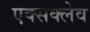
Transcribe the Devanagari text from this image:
एक्सक्लेव